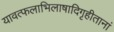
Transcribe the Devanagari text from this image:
यावत्फलाभिलाषादिगृहीतानां